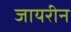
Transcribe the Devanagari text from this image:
जायरीन